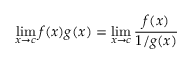
\operatorname* { l i m } _ { x \to c } f ( x ) g ( x ) = \operatorname* { l i m } _ { x \to c } { \frac { f ( x ) } { 1 / g ( x ) } }